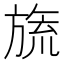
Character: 旒